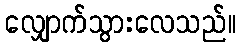
လျှောက်သွားလေသည်။